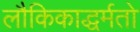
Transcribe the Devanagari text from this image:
लौकिकाद्धर्मतो